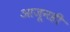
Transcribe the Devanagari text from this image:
आजूनही